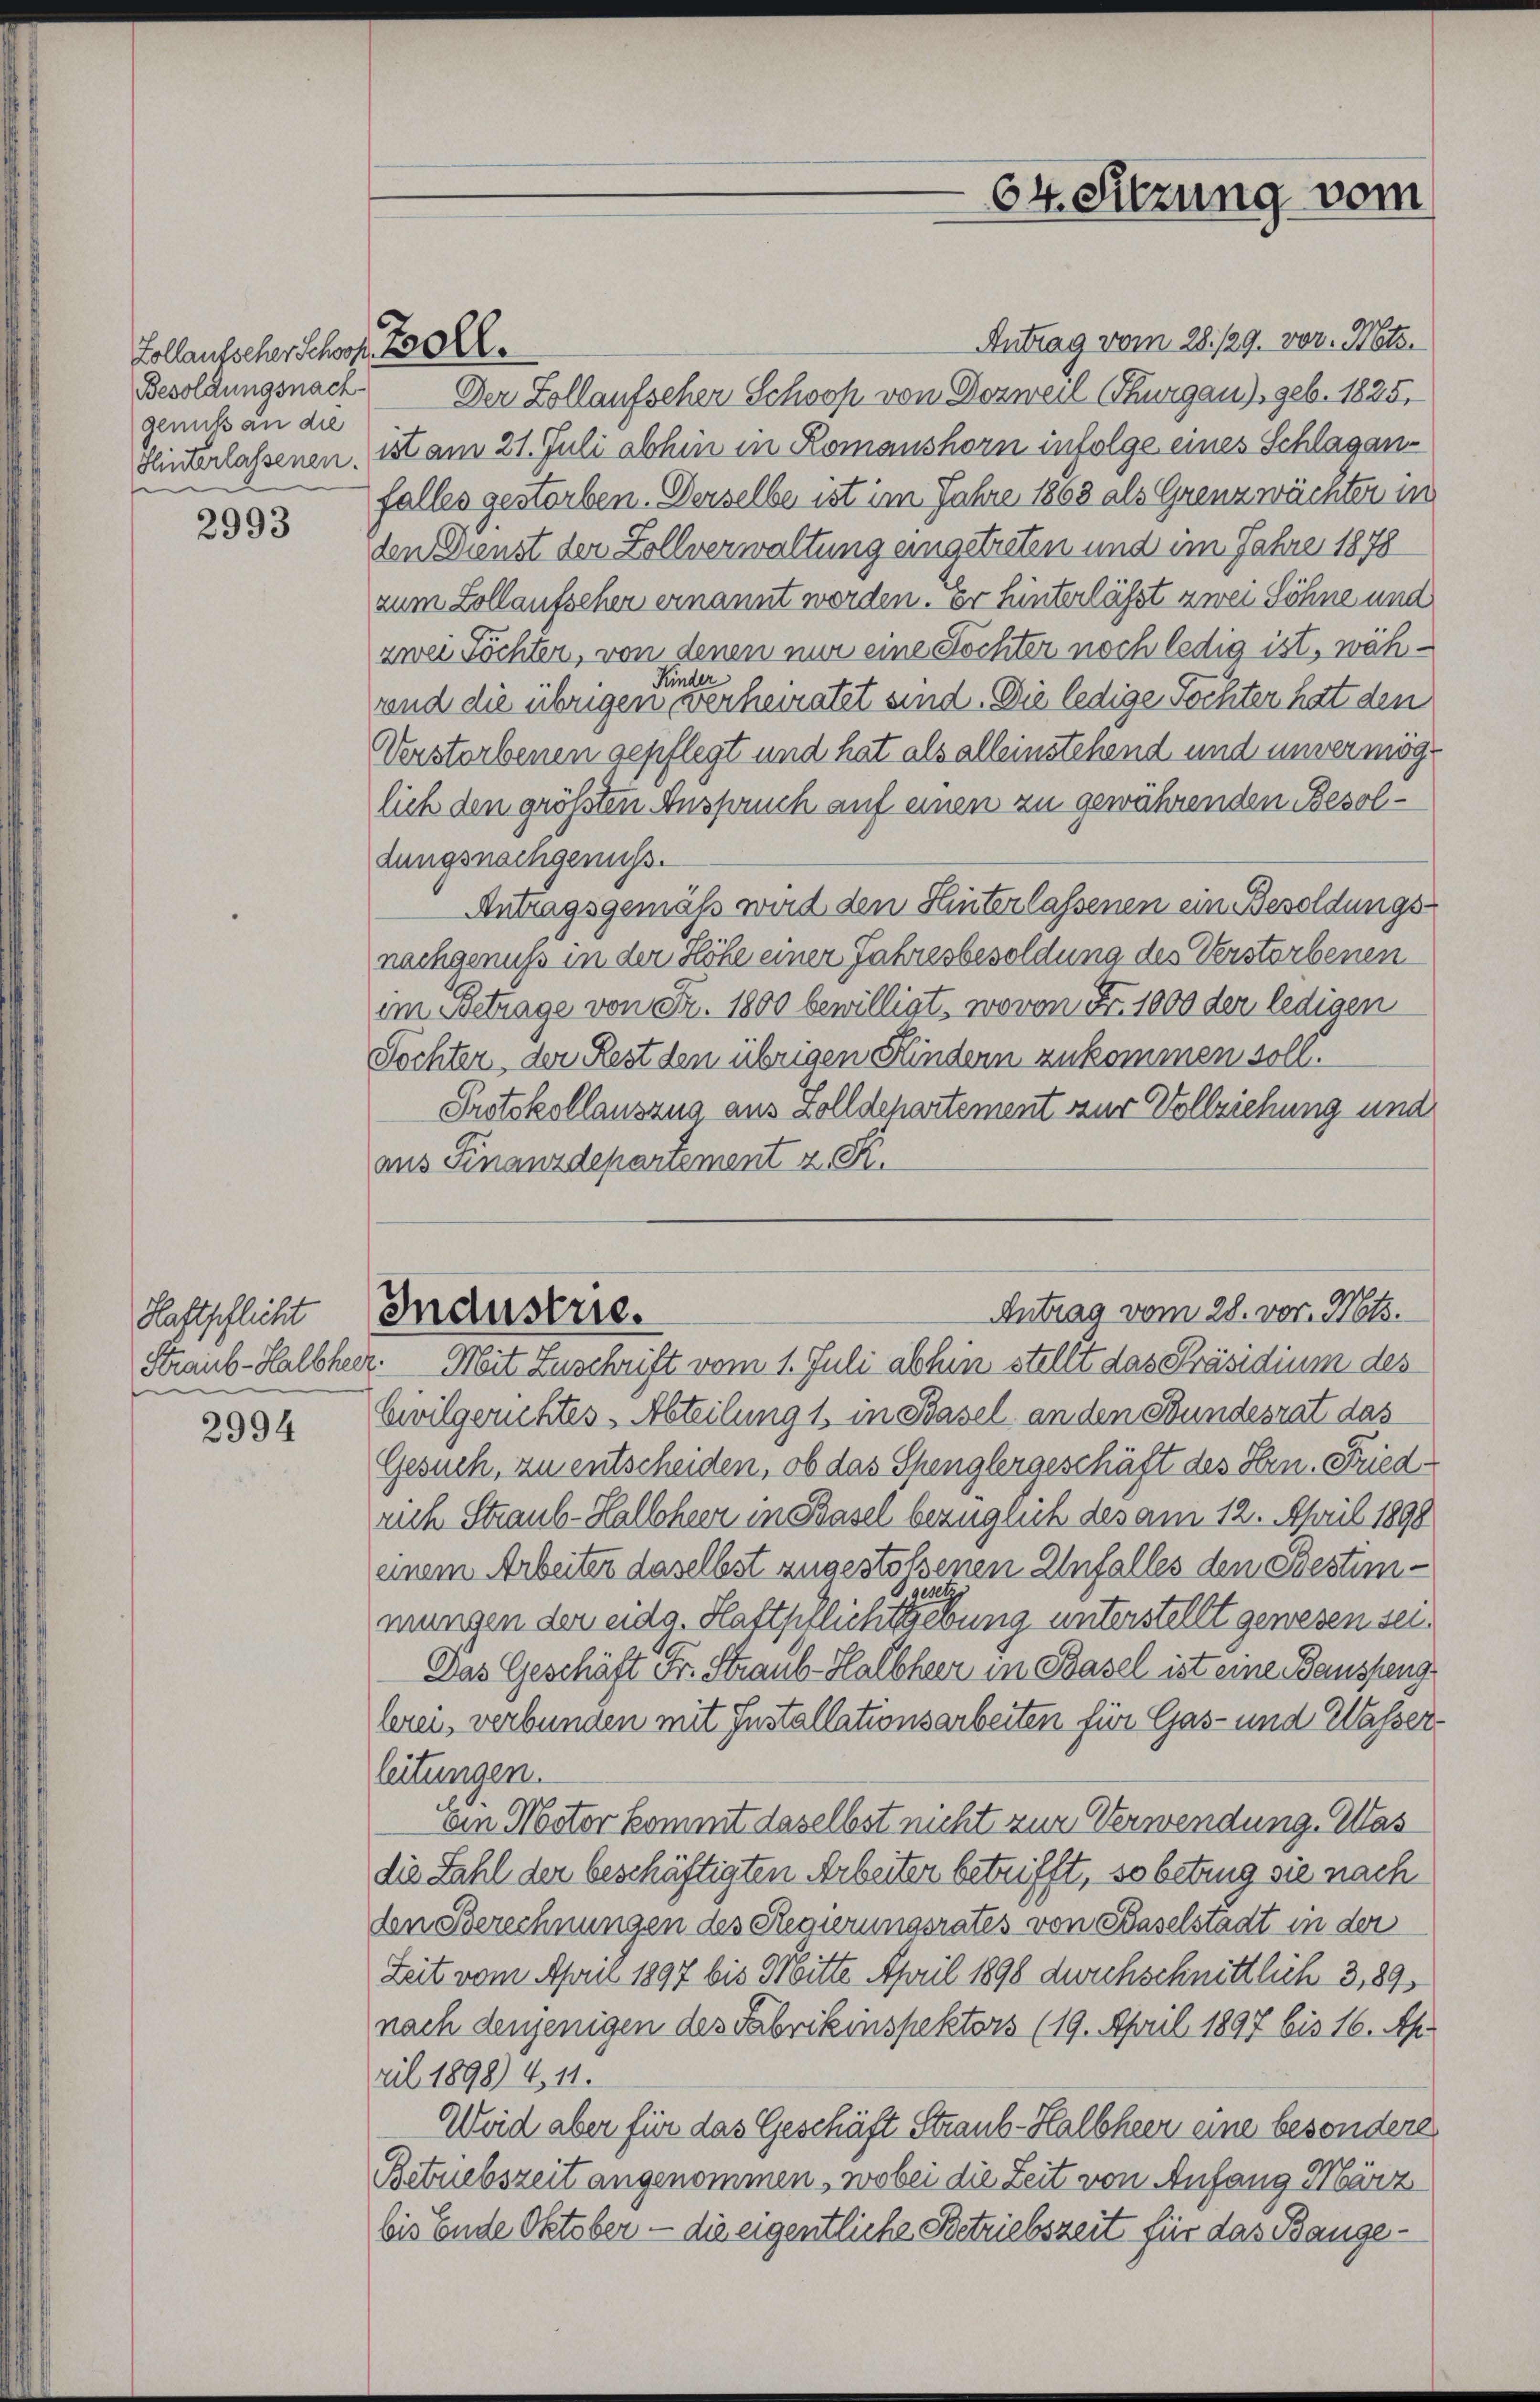
Lollaufscher schors Pol
Besoldungsnach
genuß an die

2993

Haftpflicht
Straub-Halbher

2994

Antrag vom 28./29. vor. Mts.
Der Zollaufscher Schooß von Dozweil Thurgau), geb. 1825,
Hinterlassenen, ist am 21. Juli abhin in Romanshorn infolge eines Schlaganfalles gestorben. Derselbe ist im Jahre 1868 als Grenzwächter in
den Dienst der Zollverwaltung eingetreten und im Jahre 1878
zum Zollaufscher ernannt worden. Er hinterlässt zwei Söhne und
zwei Töchter, von denen nur eine Töchter noch ledig ist, wäh¬
Kinder
und die übrigen verheiratet sind. Die ledige Töchter hat den
Verstorbenen gepflegt und hat als alleinstehend und unvermöge
lich den größten Anspruch auf einen zu gewährenden Besoldungsnachgenuss.
Antragsgemäß wird den Hinterlassenen ein Besoldungsnachgenuß in der Höhe einer Jahresbesoldung des Verstorbenen
im Betrage von Fr. 1800 bewilligt, wovon Fr. 1000 der ledigen
Tochter, der Rest den übrigen Kindern zukommen soll.
Protokollauszug aus Zolldepartement zur Vollziehung und
aus Finanzdepartement z. R.
Antrag vom 28. vor. Mts.
Industrie.
2. Mit Zuschrift vom 1. Juli abhin stellt das Präsidium des
Civilgerichtes - Abteilung 1. in Basel an den Stundesrat das
Gesuch, zu entscheiden, ob das Spenglergeschäft des Hrn. Fried
rich Straub-Halloheer in Basel bezüglich des am 12. April 1898
einem Arbeiter daselbst angestossenen Unfalles den Bestimmungen der eidg. Stattpflicht gebung unterstellt gewesen sei,
Das Geschäft Fr. Straub-Halbheer in Basel ist eine Bausseng
lerei, verbunden mit Installationsarbeiten für Gas- und Wasserleitungen.
Ein Motor kommt daselbst nicht zur Verwendung. Was
die Zahl der beschäftigten Arbeiten betrifft, so betrug sie nach
den Berechnungen des Regierungsrates von Baselstadt in der
Zeit vom April 1897 bis Mitte. April 1898 durchschnittlich 3,89
nach denjenigen des Fabrikinspektors (19. April 1897 bis 16. Ap
ril 1898) 4, 11.
Weid aber für das Geschäft Straub-Halbheer eine besondere
Betriebszeit angenommen, wobei die Zeit von Anfang März
bis Ende Oktober — die eigentliche Betriebszeit für das Bange¬

64. Sitzung vom